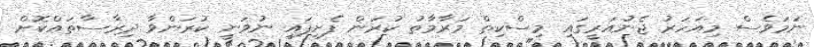
ނަމަވެސް މިއަހަރު ޖެނުއަރީގައި މިސްކިތް މަރާމާތު ކުރަން ފެށިފައި ނުވަނީ ކުރަންވާ ދިރާސާތައްކޮށް